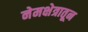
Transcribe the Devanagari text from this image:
नेमक्षेत्रातून